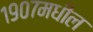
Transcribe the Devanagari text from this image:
१९०७मधील